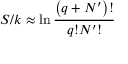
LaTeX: S / k \approx \ln { \frac { \left( q + N ^ { \prime } \right) ! } { q ! N ^ { \prime } ! } }